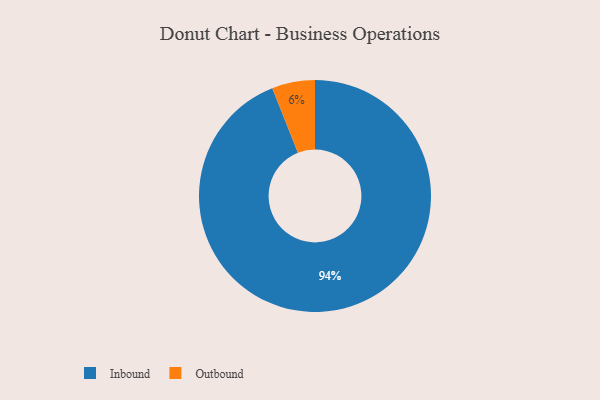
{"axis": {"x": "Category", "y": "Percentage"}, "legend": ["Inbound", "Outbound"], "data": [{"x": "Inbound", "y": 94, "type": "Inbound"}, {"x": "Outbound", "y": 6, "type": "Outbound"}]}